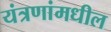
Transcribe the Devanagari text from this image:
यंत्रणांमधील